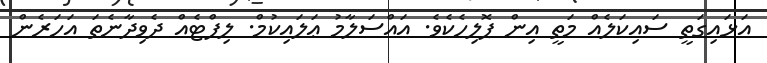
އަޅައިގަތީ ސައިކަލެއް މަތީ އިން ޕޮލިހެކެވެ. އައްސަލާމު ޢަލައިކުމް. ލިފްޓެއް ދެވިދާނެތަ އަހަރެން